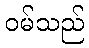
ဝမ်သည်